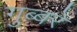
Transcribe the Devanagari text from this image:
गुब्बरे